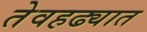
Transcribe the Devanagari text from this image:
तेवहढ्यात